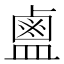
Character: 𪉟